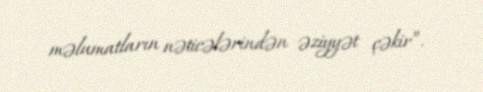
məlumatların nəticələrindən əziyyət çəkir”.